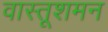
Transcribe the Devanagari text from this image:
वास्तूशमन